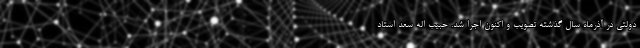
دولتی در آذرماه سال گذشته تصویب و اکنون اجرا شد. حبیب اله سعد استاد